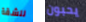
للشقة يحبون